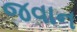
જવાન